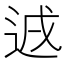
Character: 䢕